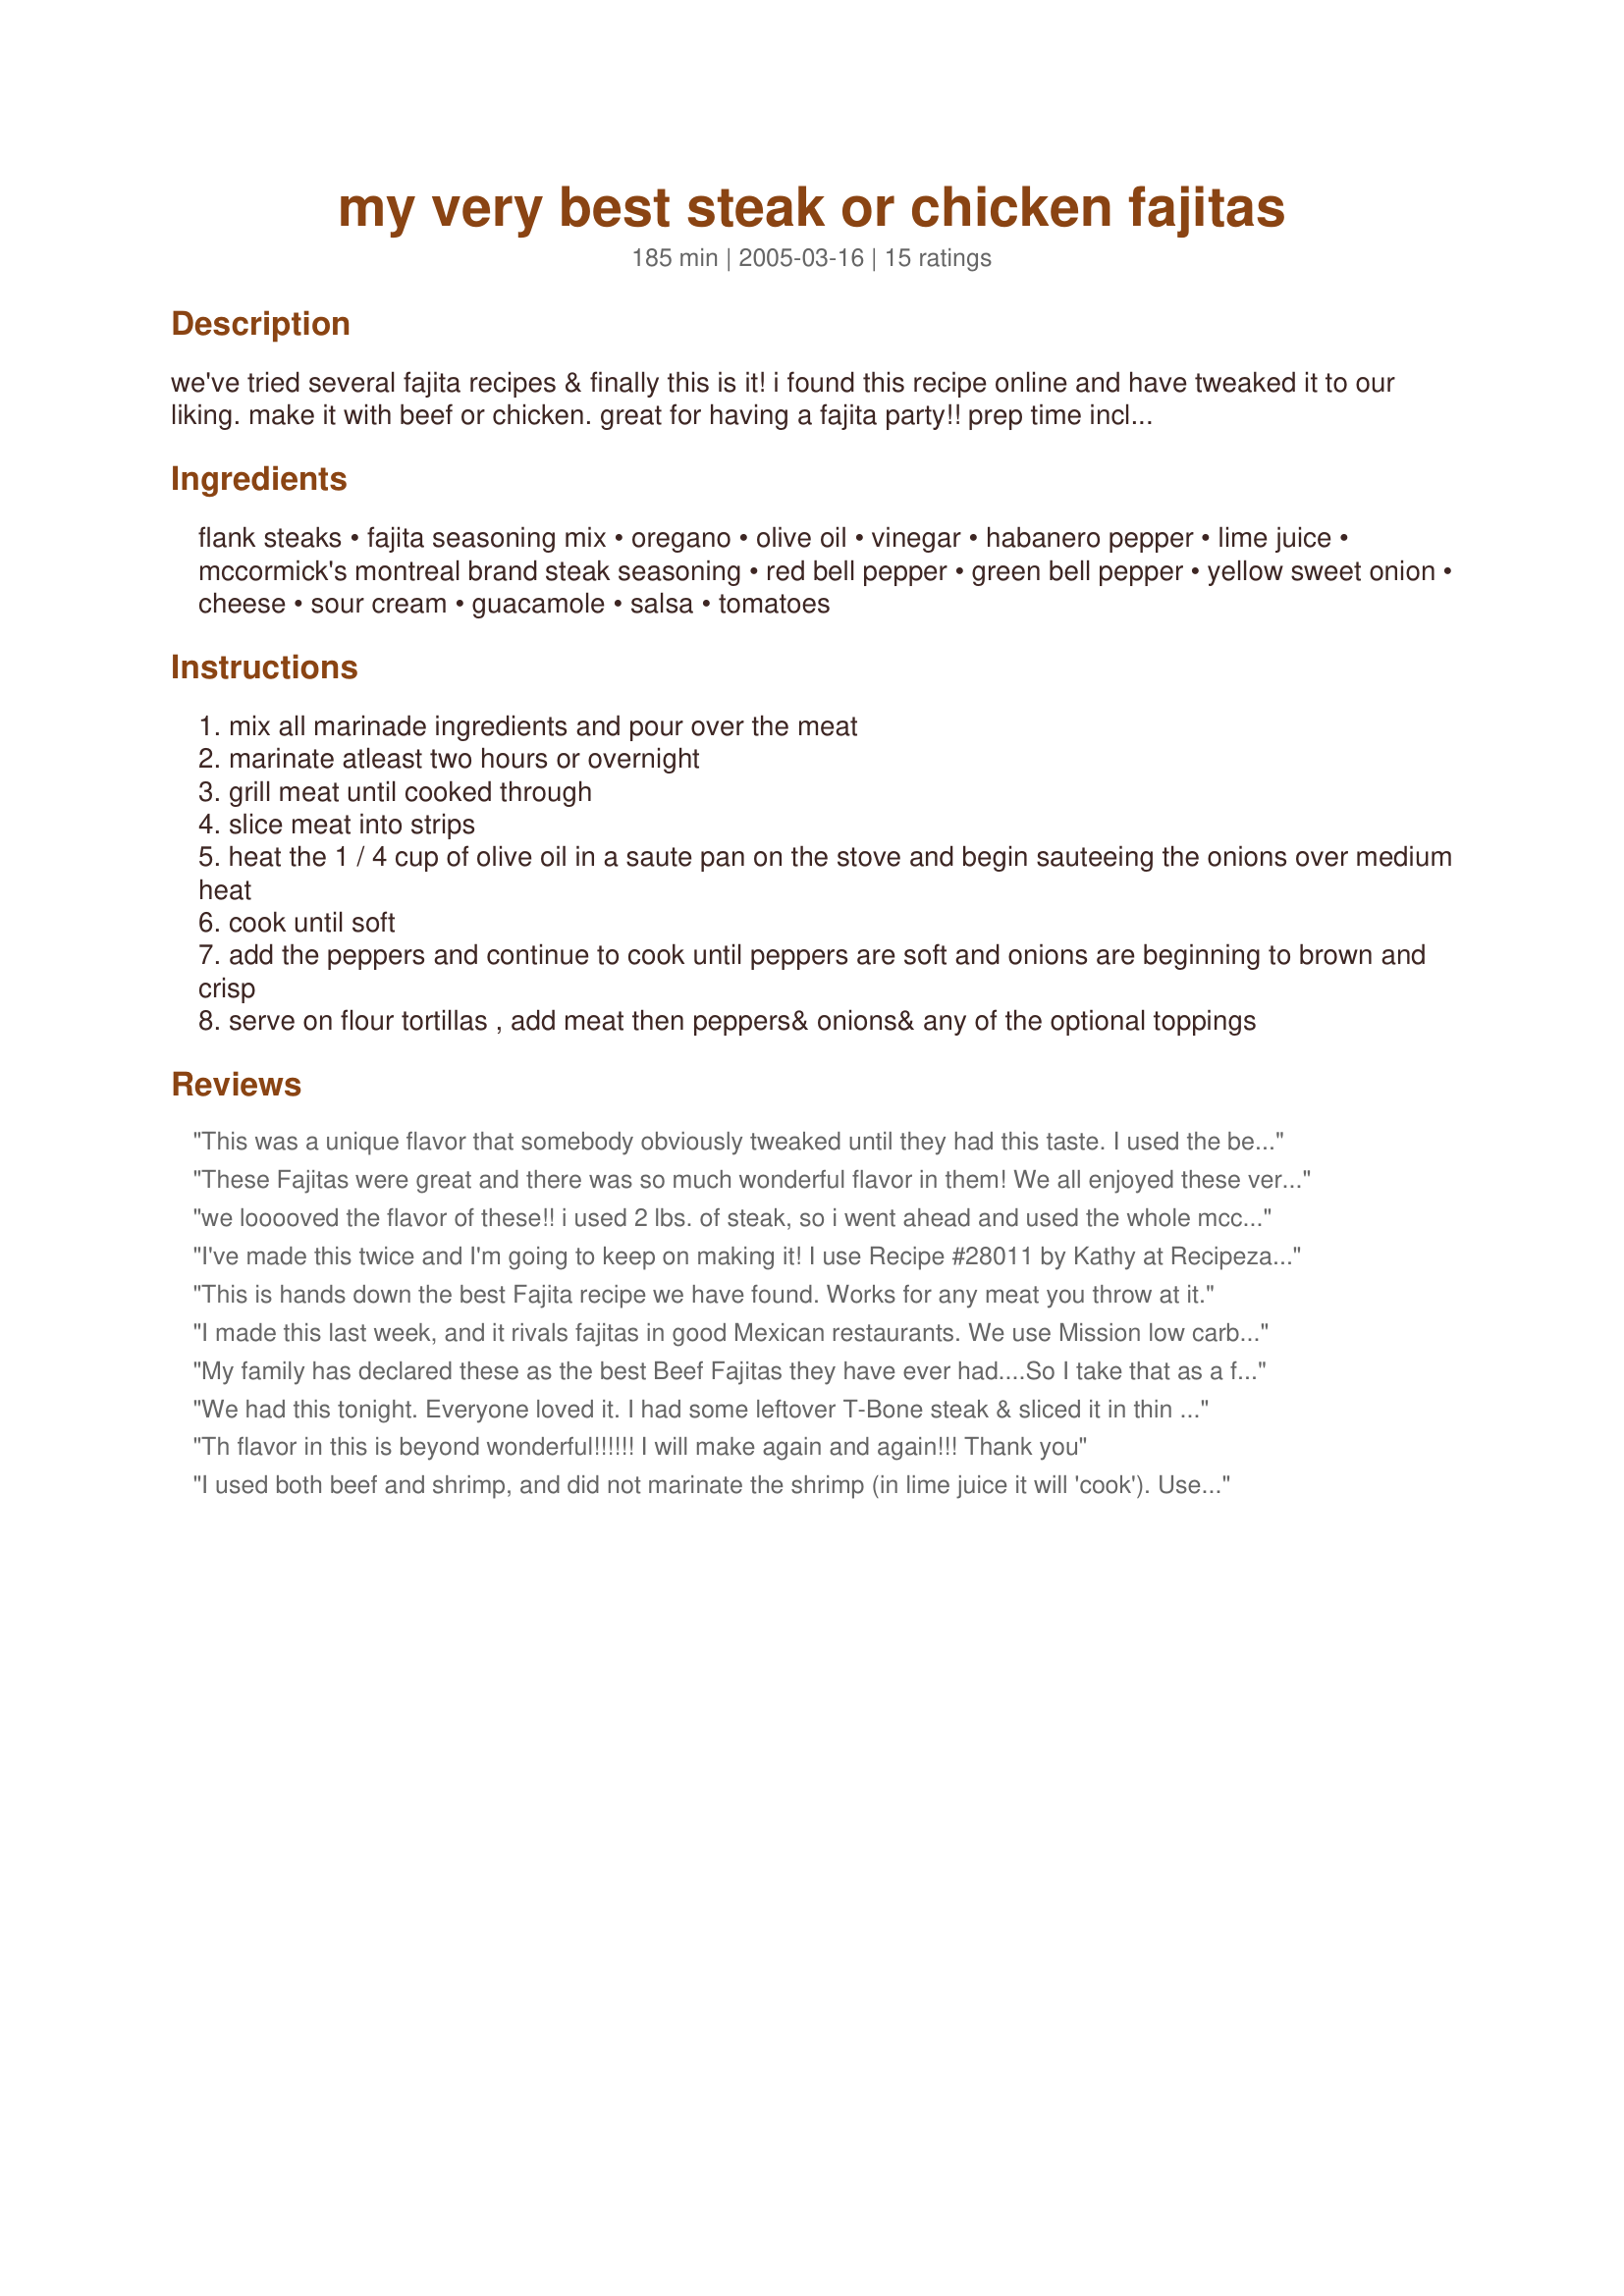
my very best steak or chicken fajitas
Preparation time: 185 minutes

we've tried several fajita recipes & finally this is it! i found this recipe online and have tweaked it to our liking. make it with beef or chicken. great for having a fajita party!! prep time includes minimum marinating time.

Ingredients:
flank steaks, fajita seasoning mix, oregano, olive oil, vinegar, habanero pepper, lime juice, mccormick's montreal brand steak seasoning, red bell pepper, green bell pepper, yellow sweet onion, cheese, sour cream, guacamole, salsa, tomatoes

Steps:
mix all marinade ingredients and pour over the meat
marinate atleast two hours or overnight
grill meat until cooked through
slice meat into strips
heat the 1 / 4 cup of olive oil in a saute pan on the stove and begin sauteeing the onions over medium heat
cook until soft
add the peppers and continue to cook until peppers are soft and onions are beginning to brown and crisp
serve on flour tortillas , add meat then peppers& onions& any of the optional toppings

Reviews:
This was a unique flavor that somebody obviously tweaked until they had this taste. I used the beef formulation on chicken. This is so much better than any packaged fajita spice and also better tasting than any I have had in a restaurant. A family favorite in the making.
These Fajitas were great and there was so much wonderful flavor in them! We all enjoyed these very much! Thanks a bunch HeidiSue....
we looooved the flavor of these!! i used 2 lbs. of steak, so i went ahead and used the whole mccormicks fajita packet and added a bit more montreal steak seasoning. i used 2 serrano peppers instead of the habanero. i also used the red wine vinegar as suggested. i kept everything else the same and marinated overnight. for the veggies, i used red, yellow, and orange bell peppers, and red onions. i had another fajita packet (this one was lawry's) that i added after i added and sauteed the veggies with the meat. this was so flavorful and yummy!! we served with guacamole, salsa, cheese, pico de galo, spanish rice, and refried beans. fantatic!! this is my new go-to fajita recipe! the leftovers were even fantastic- i made a little fajita rice bowl....mmmm!! and dh made breakfast tacos with potatoes and eggs!! thanks so much for sharing, this is a definite keeper!!
I've made this twice and I'm going to keep on making it! I use Recipe #28011 by Kathy at Recipezaar with skirt steak.I use 2 bottle pepperoncinis for the habaneros and cider vinegar. I love the combo and it will be made many times in this house. Thanks HeidiSue!

Roxygirl
This is hands down the best Fajita recipe we have found. Works for any meat you throw at it.
I made this last week, and it rivals fajitas in good Mexican restaurants. We use Mission low carb soft tortillas to save on the carbs and calories (I do not have any financial interest in Mission products).
My family has declared these as the best Beef Fajitas they have ever had....So I take that as a five star rating....a real keeper...
We had this tonight. Everyone loved it. I had some leftover T-Bone steak & sliced it in thin strips, instead of marinating I simmered it in a covered fry pan. I used the Fajita Seasoning Mix that was posted on the Recipe Zaar, May 9, 2002 by Kathy. I was wonderful. Dinner was a great , Thank You!
Th flavor in this is beyond wonderful!!!!!! I will make again and again!!! Thank you
I used both beef and shrimp, and did not marinate the shrimp (in lime juice it will 'cook'). Used southwest seasoning instead of fajita (didn't have any). DS really enjoyed the beef.
Ugh. I didn&#039;t make this. I didn&#039;t get past the first ingredient. I&#039;m trying to MAKE a fajita marinade. When it starts out with &quot;McCormick fajita seasoning&quot; I know it&#039;s not the recipe I&#039;m looking for.
I made these for the first time not telling my three kids that I had changed recipes from our usual. They raved about how good they were. Today we are going to try the chicken version. Simple and delicious recipe! Thanks!
Very, very good. Nice restaurant quality. Will be making Fajitas this way from now on. Thanks HeidiSue for sharing...:-)
These were wonderful. I wasn't sure if it would be spicy because of some of the ingredients and then it would be a bust for my kids..But it was perfect. The meat was so juicey and tender. I had to do it on my indoor grill since I had just ran out of propane for my gas grill, but it came out just as good. My husband went crazy for this dish and gave me many compliments on this dish saying that it was better than any restaurant, and my kids gobbled it down so fast and I got hugs and kiss's over it. So thank you very much for this wonderful recipe. Try it..Trust me its delicious!!
I made both the beef and chicken fajitas for our family BBQ a couple days ago---DELISH! If you're looking for a simple, yummy recipe for fajitas--your search is over! :-)
